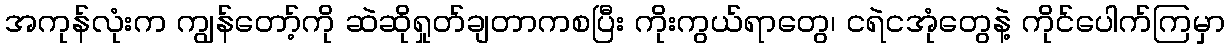
အကုန်လုံးက ကျွန်တော့်ကို ဆဲဆိုရှုတ်ချတာကစပြီး ကိုးကွယ်ရာတွေ၊ ငရဲငအုံတွေနဲ့ ကိုင်ပေါက်ကြမှာ